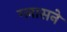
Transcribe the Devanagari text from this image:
ग्लासने